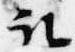
取